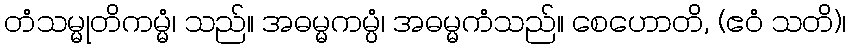
တံသမ္မုတိကမ္မံ၊ သည်။ အဓမ္မကမ္ပံ၊ အဓမ္မကံသည်။ စေဟောတိ, (ဧဝံ သတိ)၊